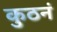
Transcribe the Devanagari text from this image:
कुठनं